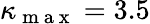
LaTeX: \kappa_{\mathrm{~m~a~x~}}=3.5